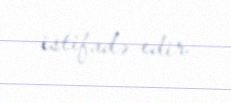
istifadə edir.